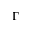
\Gamma